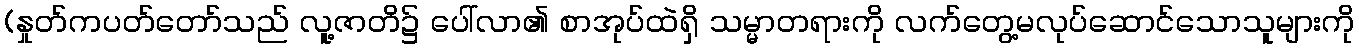
(နှုတ်ကပတ်တော်သည် လူ့ဇာတိ၌ ပေါ်လာ၏ စာအုပ်ထဲရှိ သမ္မာတရားကို လက်တွေ့မလုပ်ဆောင်သောသူများကို